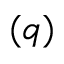
( q )